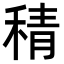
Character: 𮃇